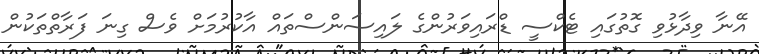
އޭނާ ވިދާޅުވި ގޮތުގައި ޓެކްސީ ޑްރައިވަރުންގެ ލައިސަންސްތައް އާކުރުމަށް ވެސް ގިނަ ފަރާތްތަކުން